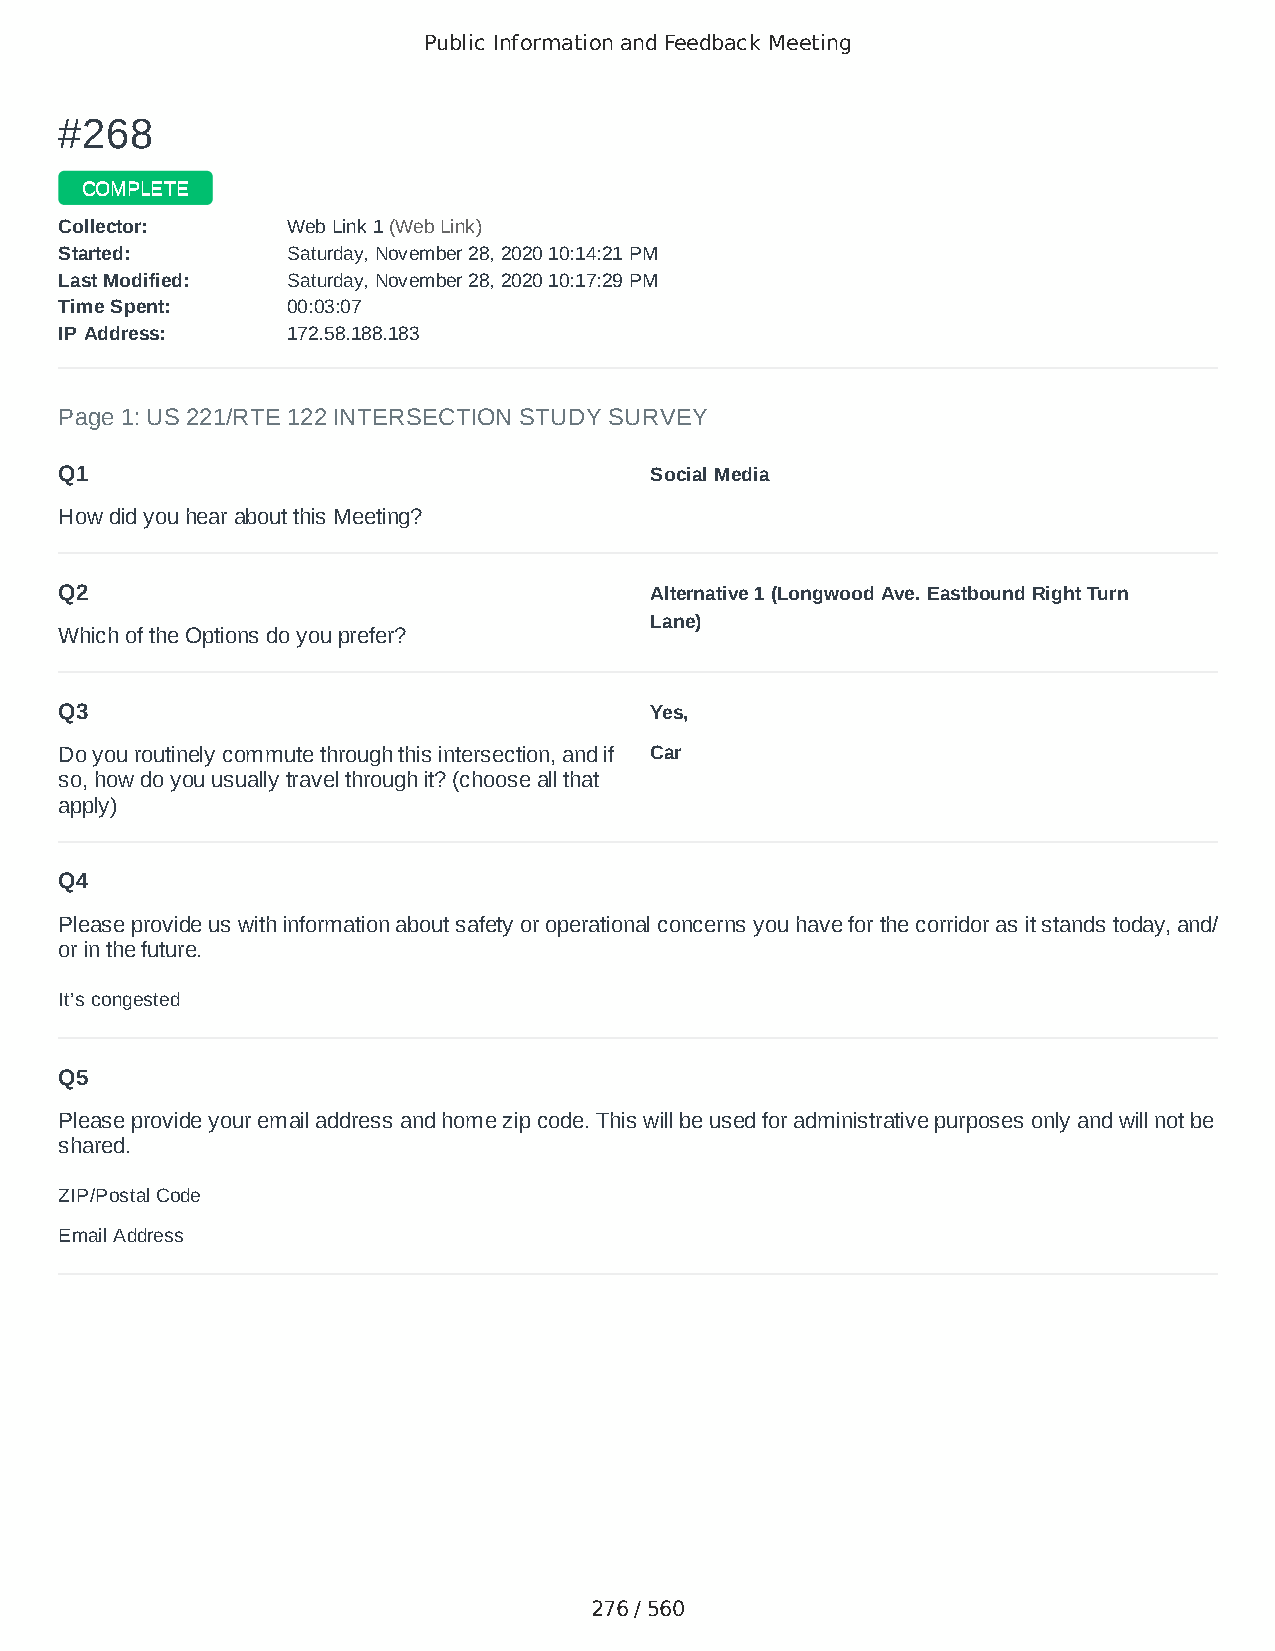
Public Information and Feedback Meeting
 ##226688
 CCOOMMPPLLEETTEE
 CCoolllleeccttoorr:: WWeebb LLiinnkk 11 ((WWeebb LLiinnkk))
 SSttaarrtteedd:: SSaattuurrddaayy,, NNoovveemmbbeerr 2288,, 22002200 1100::1144::2211 PPMM
 LLaasstt MMooddiiffiieedd:: SSaattuurrddaayy,, NNoovveemmbbeerr 2288,, 22002200 1100::1177::2299 PPMM
 TTiimmee SSppeenntt:: 0000::0033::0077
 IIPP AAddddrreessss:: 117722..5588..118888..118833
 Page 1: US 221/RTE 122 INTERSECTION STUDY SURVEY
 Q1                                     Social Media
 How did you hear about this Meeting?
 Q2                                     Alternative 1 (Longwood Ave. Eastbound Right Turn
 Lane)
 Which of the Options do you prefer?
 Q3                                     Yes,
 Do you routinely commute through this intersection, and if Car
 so, how do you usually travel through it? (choose all that
 apply)
 Q4
 Please provide us with information about safety or operational concerns you have for the corridor as it stands today, and/
 or in the future.
 It’s congested
 Q5
 Please provide your email address and home zip code. This will be used for administrative purposes only and will not be
 shared.
 ZIP/Postal Code                        24523
 Email Address                          mscicchitano@outlook.com
 276 / 560